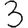
Digit: 3